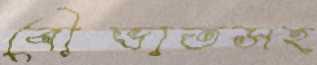
বৌভাতসহ